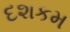
દશકમ